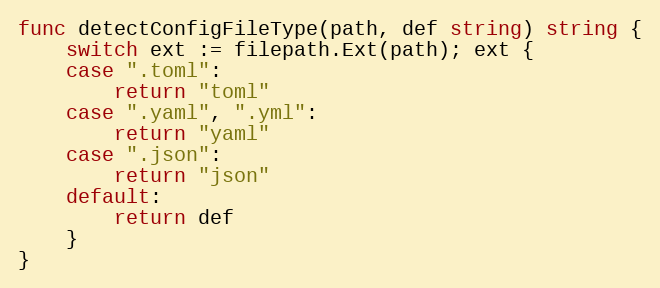
Language: Go
func detectConfigFileType(path, def string) string {
	switch ext := filepath.Ext(path); ext {
	case ".toml":
		return "toml"
	case ".yaml", ".yml":
		return "yaml"
	case ".json":
		return "json"
	default:
		return def
	}
}